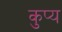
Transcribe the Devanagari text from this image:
कुप्य